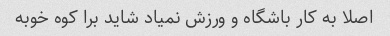
اصلا به کار باشگاه و ورزش نمیاد شاید برا کوه خوبه